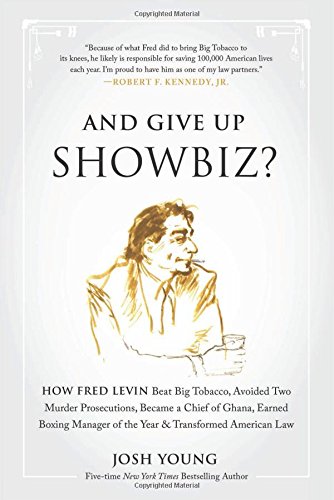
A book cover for And Give Up Showbiz?: How Fred Levin Beat Big Tobacco, Avoided Two Murder Prosecutions, Became a Chief of Ghana, Earned Boxing Manager of the Year, and Transformed American Law; Josh Young; Law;